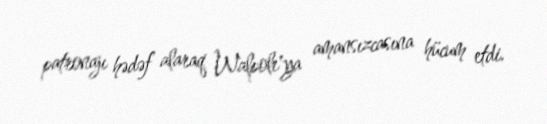
patronajı hədəf alaraq Walpole'ya amansızcasına hücum etdi.